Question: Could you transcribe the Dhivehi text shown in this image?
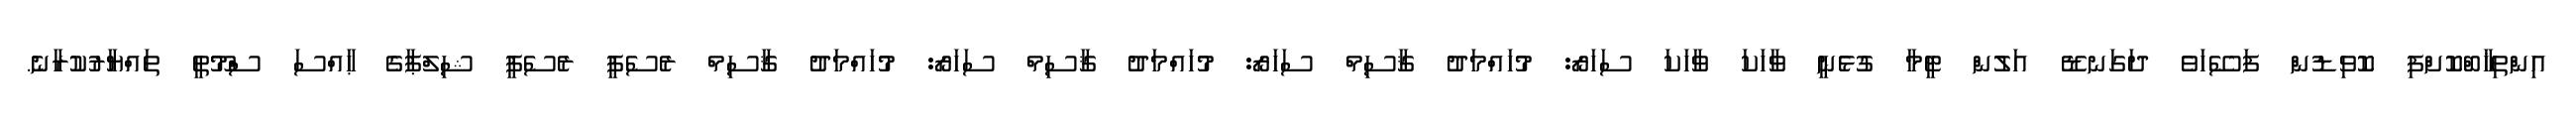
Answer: އިންތިޚާބްކޮށްފި ކޮވިޑުން ފަސޭހަވެ ދަގަނޑޭ އަލުން ޓީމާ ގުޅެނީ ވާހަކަ ވާހަކަ ސަހަރޯ: މުހައްމަދު ޤާސިމް ސަހަރޯ: މުހައްމަދު ޤާސިމް ސަހަރޯ: މުހައްމަދު ޤާސިމް ރެސެޕީ ރެސެޕީ ޝިލްޕާގެ ޙާއްސަ ސްމޫތީ ތައްޔާރުކުރާނެ.